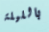
بالليلة